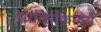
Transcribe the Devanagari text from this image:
मात्सिकिन्येरी